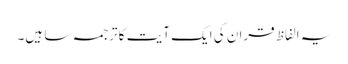
یہ الفاظ قران کی ایک آیت کا ترجمہ سا ہیں۔